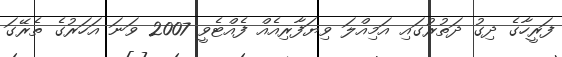
ފަރީހާގެ ދިގު ދަތުރުގައި އަމިއްލަ ވިޔަފާރިއެއް ފެއްޓެވީ 2007 ވަނަ އަހަރުގެ ތެރޭގަ